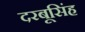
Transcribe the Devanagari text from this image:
दरबूसिंह